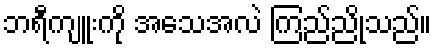
ဘရီကျူးကို အသေအလဲ ကြည်ညိုသည်။